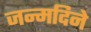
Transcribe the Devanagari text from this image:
जन्मदिने